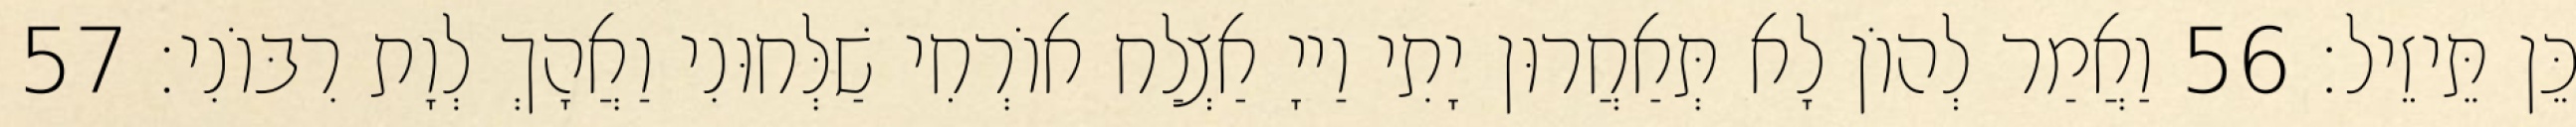
כֵּן תֵּיזֵיל׃ 56 וַאֲמַר לְהוֹן לָא תְּאַחֲרוּן יָתִי וַייָ אַצְלַח אוֹרְחִי שַׁלְּחוּנִי וַאֲהָךְ לְוָת רִבּוֹנִי׃ 57